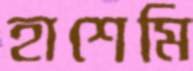
হাশেমি